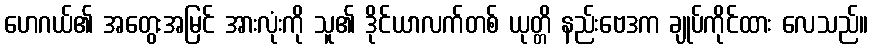
ဟေဂယ်၏ အတွေးအမြင် အားလုံးကို သူ၏ ဒိုင်ယာလက်တစ် ယုတ္တိ နည်းဗေဒက ချုပ်ကိုင်ထား လေသည်။